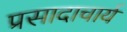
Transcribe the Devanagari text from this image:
प्रसादाचार्य